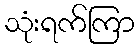
သုံးရက်ကြာ